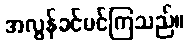
အလွန်ခင်မင်ကြသည်။